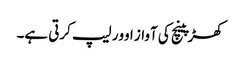
کھڑپینچ کی آواز اوور لیپ کرتی ہے۔